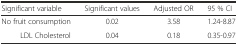
<table><thead><tr><td><b>Significant variable</b></td><td><b>Significant values</b></td><td><b>Adjusted OR</b></td><td><b>95 % CI</b></td></tr></thead><tbody><tr><td>No fruit consumption</td><td>0.02</td><td>3.58</td><td>1.24-8.87</td></tr><tr><td>LDL Cholesterol</td><td>0.04</td><td>0.18</td><td>0.35-0.97</td></tr></tbody></table>